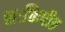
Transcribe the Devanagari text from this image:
शःक्तिपीठ